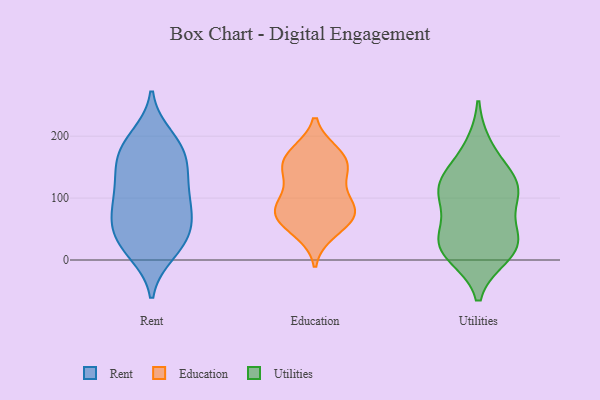
{"axis": {"x": "Market Share (%)", "y": "Value"}, "legend": ["Education", "Rent", "Utilities"], "data": [{"x": "", "y": 153, "type": "Rent"}, {"x": "", "y": 30, "type": "Rent"}, {"x": "", "y": 198, "type": "Rent"}, {"x": "", "y": 73, "type": "Rent"}, {"x": "", "y": 174, "type": "Rent"}, {"x": "", "y": 184, "type": "Rent"}, {"x": "", "y": 72, "type": "Rent"}, {"x": "", "y": 122, "type": "Rent"}, {"x": "", "y": 140, "type": "Rent"}, {"x": "", "y": 92, "type": "Rent"}, {"x": "", "y": 52, "type": "Rent"}, {"x": "", "y": 121, "type": "Rent"}, {"x": "", "y": 82, "type": "Rent"}, {"x": "", "y": 23, "type": "Rent"}, {"x": "", "y": 33, "type": "Rent"}, {"x": "", "y": 179, "type": "Rent"}, {"x": "", "y": 13, "type": "Rent"}, {"x": "", "y": 59, "type": "Education"}, {"x": "", "y": 87, "type": "Education"}, {"x": "", "y": 81, "type": "Education"}, {"x": "", "y": 72, "type": "Education"}, {"x": "", "y": 76, "type": "Education"}, {"x": "", "y": 172, "type": "Education"}, {"x": "", "y": 147, "type": "Education"}, {"x": "", "y": 165, "type": "Education"}, {"x": "", "y": 46, "type": "Education"}, {"x": "", "y": 143, "type": "Education"}, {"x": "", "y": 126, "type": "Education"}, {"x": "", "y": 88, "type": "Education"}, {"x": "", "y": 168, "type": "Education"}, {"x": "", "y": 181, "type": "Utilities"}, {"x": "", "y": 101, "type": "Utilities"}, {"x": "", "y": 117, "type": "Utilities"}, {"x": "", "y": 10, "type": "Utilities"}, {"x": "", "y": 105, "type": "Utilities"}, {"x": "", "y": 121, "type": "Utilities"}, {"x": "", "y": 23, "type": "Utilities"}, {"x": "", "y": 33, "type": "Utilities"}, {"x": "", "y": 134, "type": "Utilities"}, {"x": "", "y": 33, "type": "Utilities"}, {"x": "", "y": 24, "type": "Utilities"}]}